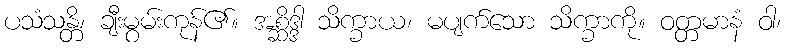
ပသံသန္တိ၊ ချီးမွမ်းကုန်၏။ အစ္ဆိဒ္ဒါ သိက္ခာယ၊ မပျက်သော သိက္ခာကို။ ဝတ္တမာနံ ဝါ၊